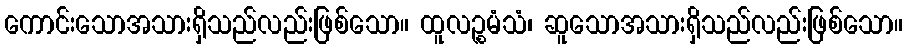
ကောင်းသောအသားရှိသည်လည်းဖြစ်သော။ ထူလဉ္စမံသံ၊ ဆူသောအသားရှိသည်လည်းဖြစ်သော။